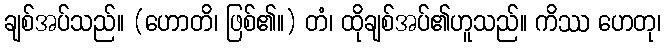
ချစ်အပ်သည်။ (ဟောတိ၊ ဖြစ်၏။) တံ၊ ထိုချစ်အပ်၏ဟူသည်။ ကိဿ ဟေတု၊